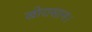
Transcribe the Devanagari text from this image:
खोरासान।